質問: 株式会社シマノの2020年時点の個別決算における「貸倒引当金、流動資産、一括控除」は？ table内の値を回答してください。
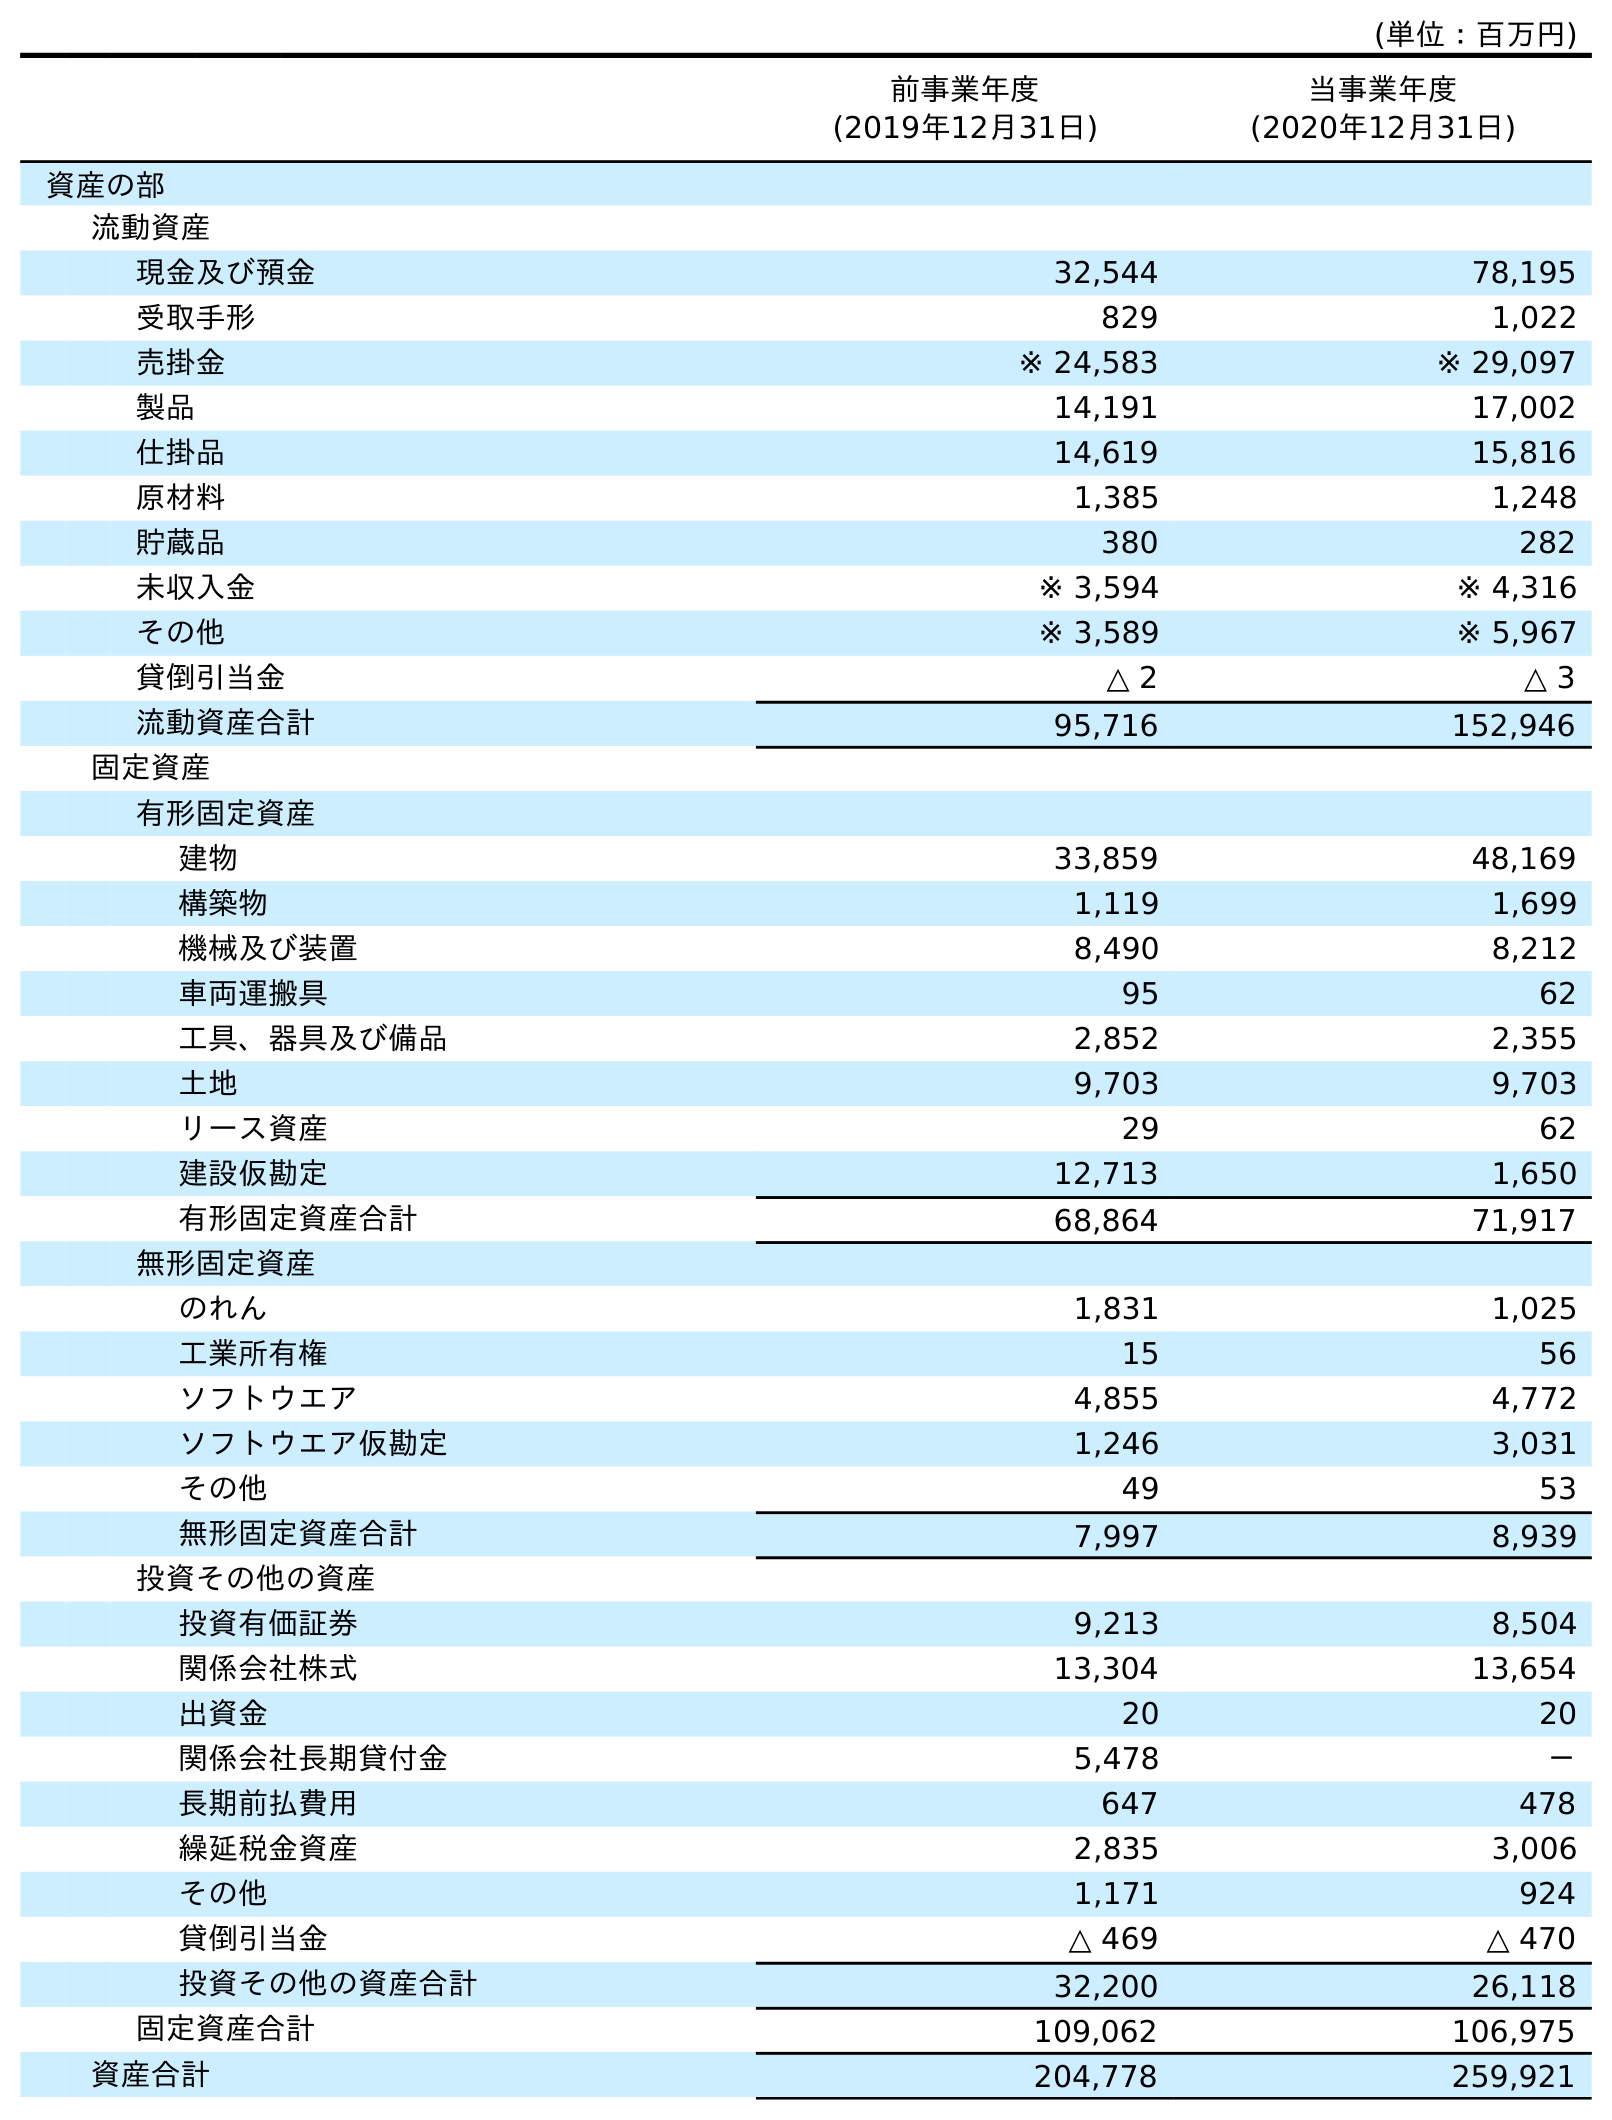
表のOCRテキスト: (単位：百万円) 前事業年度 (2019年12月31日) 当事業年度 (2020年12月31日) 資産の部 流動資産 現金及び預金 32,544 78,195 受取手形 829 1,022 売掛金 ※ 24,583 ※ 29,097 製品 14,191 17,002 仕掛品 14,619 15,816 原材料 1,385 1,248 貯蔵品 380 282 未収入金 ※ 3,594 ※ 4,316 その他 ※ 3,589 ※ 5,967 貸倒引当金 △ 2 △ 3 流動資産合計 95,716 152,946 固定資産 有形固定資産 建物 33,859 48,169 構築物 1,119 1,699 機械及び装置 8,490 8,212 車両運搬具 95 62 工具、器具及び備品 2,852 2,355 土地 9,703 9,703 リース資産 29 62 建設仮勘定 12,713 1,650 有形固定資産合計 68,864 71,917 無形固定資産 のれん 1,831 1,025 工業所有権 15 56 ソフトウエア 4,855 4,772 ソフトウエア仮勘定 1,246 3,031 その他 49 53 無形固定資産合計 7,997 8,939 投資その他の資産 投資有価証券 9,213 8,504 関係会社株式 13,304 13,654 出資金 20 20 関係会社長期貸付金 5,478 － 長期前払費用 647 478 繰延税金資産 2,835 3,006 その他 1,171 924 貸倒引当金 △ 469 △ 470 投資その他の資産合計 32,200 26,118 固定資産合計 109,062 106,975 資産合計 204,778 259,921
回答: △3